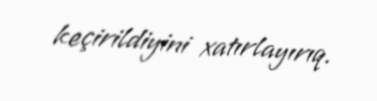
keçirildiyini xatırlayırıq.